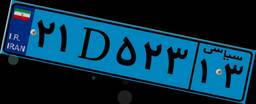
۲۷D۳۵۲۱۸